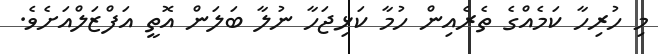
މި ހުރިހާ ކަމެއްގެ ތެރެއިން ހުމާ ކަޅިޖަހާ ނުލާ ބަލަން އޮތީ އަފްޒަލްއަށެވެ.